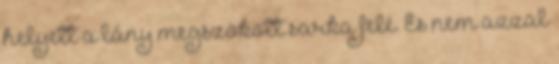
helyett a lány megszokott sarka felé. És nem azzal